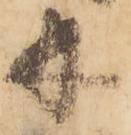
并